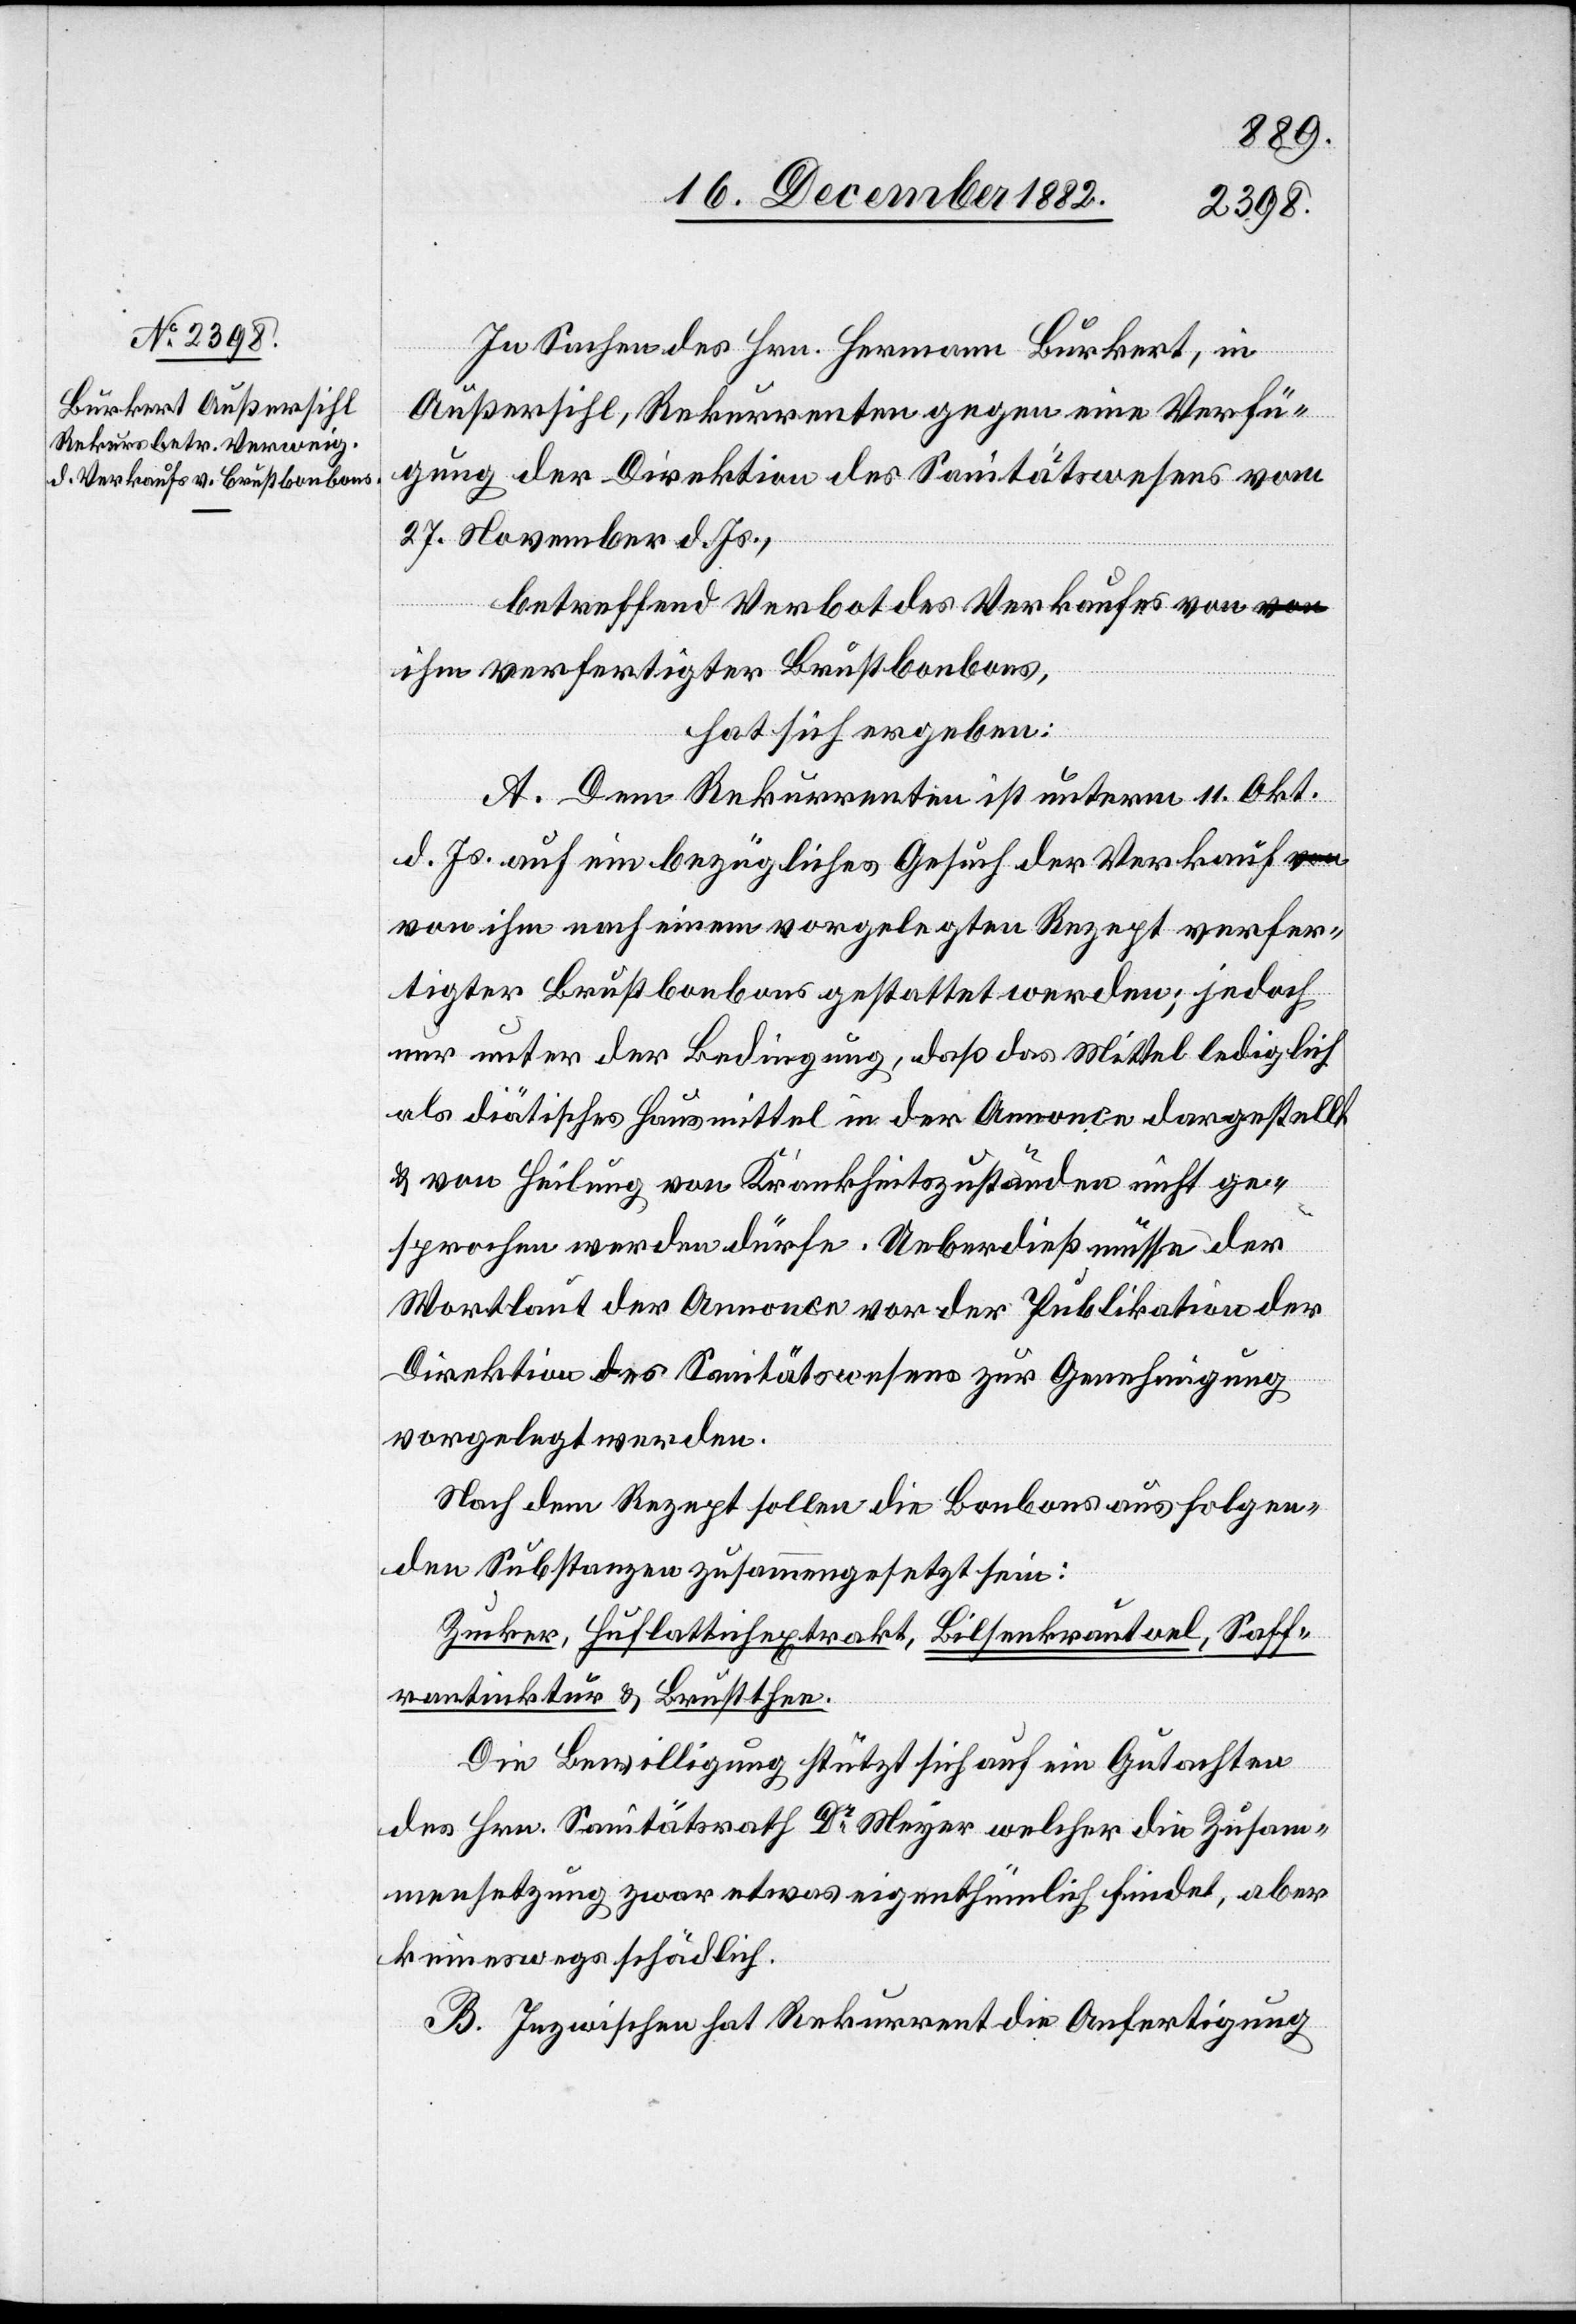
In Sachen des Hrn. Hermann Burkert, in
Außersihl, Rekurrenten gegen eine Verfü¬
gung der Direktion des Sanitätswesens vom
27. November d. Js.,
betreffend Verbot des Verkaufes von i¬
hm verfertigter Brustbonbons,
hat sich ergeben:
A. Dem Rekurrenten ist unterm 11. Okt.
d. Js. auf ein bezügliches Gesuch der Verkauf
von ihm nach einem vorgelegten Rezept verfer¬
tigter Brustbonbons gestattet werden [recte:
nur unter der Bedingung, daß das Mittel lediglich
als diätisches Hausmittel in der Annonce dargestellt
& von Heilung von Krankheitszuständen nicht ge¬
sprochen werden dürfe. Ueberdieß müsse der
Wortlaut der Annonce vor der Publikation der
Direktion des Sanitätswesens zur Genehmigung
vorgelegt werden.
Nach dem Rezept sollen die Bonbons aus folgen¬
den Substanzen zusammengesetzt sein:
Zucker, Huflattichextrakt, Bilsenkrautoel, Saff¬
rantinktur & Brustthee.
Die Bewilligung stützt sich auf ein Gutachten
des Hrn. Sanitätsrath Dr Meyer welcher die Zusam¬
mensetzung zwar etwas eigenthümlich findet, aber
keineswegs schädlich.
B. Inzwischen hat Rekurrent die Anfertigung